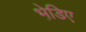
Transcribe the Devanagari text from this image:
भेडि़ए